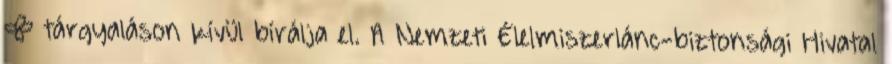
— tárgyaláson kívül bírálja el. A Nemzeti Élelmiszerlánc-biztonsági Hivatal